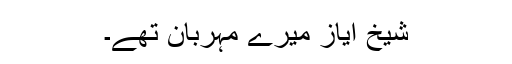
شیخ ایاز میرے مہربان تھے۔